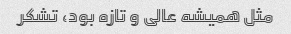
مثل همیشه عالی و تازه بود، تشکر